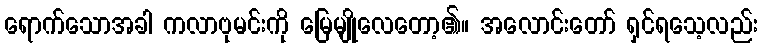
ရောက်သောအခါ ကလာဗုမင်းကို မြေမျိုလေတော့၏။ အလောင်းတော် ရှင်ရသေ့လည်း